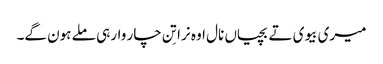
میری بیوی تے بچیاں نال اوہ نرا تِن چار وار ہی ملے ہون گے۔